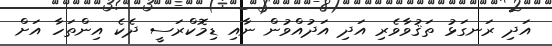
އަދި ރަނގަޅު ތަޤުވާވެރި އަދި އަދުއްވުން ނާއި ޑިމޮކްރަސީ ދެކެ އިންތަހާ އަށް